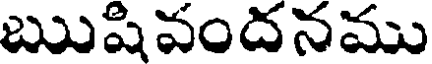
ఋషివందనము